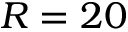
R = 2 0